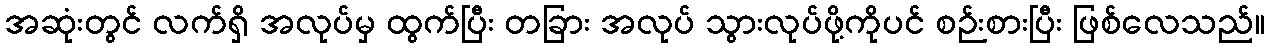
အဆုံးတွင် လက်ရှိ အလုပ်မှ ထွက်ပြီး တခြား အလုပ် သွားလုပ်ဖို့ကိုပင် စဉ်းစားပြီး ဖြစ်လေသည်။